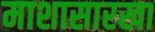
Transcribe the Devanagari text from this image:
माशासारखा